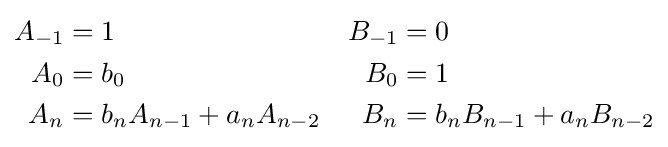
{\begin{aligned}{A}_{-1}&=1&{B}_{-1}&=0\\{A}_{0}&={b}_{0}&{B}_{0}&=1\\{A}_{n}&={b}_{n}{A}_{n-1}+{a}_{n}{A}_{n-2}&{B}_{n}&={b}_{n}{B}_{n-1}+{a}_{n}{B}_{n-2}\end{aligned}}